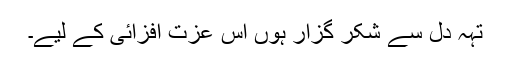
تہہ دل سے شکر گزار ہوں اس عزت افزائی کے لیے۔